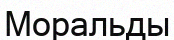
Моральды